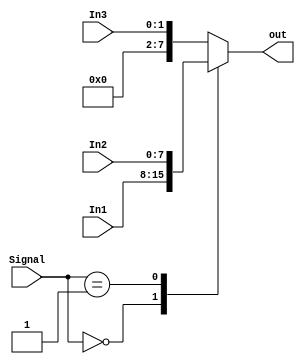
////////////////////////////////////////////////////////////////////////////////
// 2ECOM.023 - Laboratorio de Arquitetura e Organizacao de Computadores 1
// Modulo - Mux3to1.v
// Descricao - Multiplexador 3 entradas e 1 saida
//
// Entradas:
// In1 - Primeira entrada do mux
// In2 - Segunda entrada do mux
// In3 - Terceira entrada do mux
// Signal - Seletor de saida
//
// Saidas:
// out - Entrada determinada pelo sinal
//
// Funcionamento: A partir do sinal adqurido do controle, escolhe-se qual entrada
// ira sair
////////////////////////////////////////////////////////////////////////////////

module Mux3to1(In1, In2, In3, Signal, out);
input [7:0] In1, In2;
input [1:0] In3; 
input [1:0] Signal;
output reg [7:0] out;
initial begin
	out <= 8'b00000000;
end

always @(In1, In2, In3, Signal)
	case (Signal)
		0: out <= In1;
		1: out <= In2;
		2: out <= {6'b000000,In3};
		default: out <= {6'b000000,In3};
	endcase
endmodule